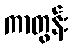
ကာတွန်း